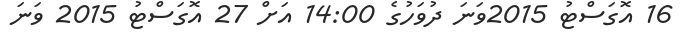
16 އޮގަސްޓު 2015ވަނަ ދުވަހުގެ 14:00 އަށް 27 އޮގަސްޓު 2015 ވަނަ